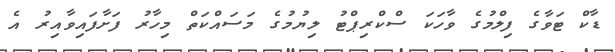
ޑާކް ޓަވާގެ ފިލްމުގެ ވާހަކަ ސްކްރިޕްޓު ލިޔުމުގެ މަސައްކަތް މިހާރު ފަށާފައިވާއިރު އެ